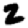
Digit: 2